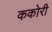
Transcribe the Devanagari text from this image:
ककोरी